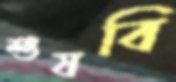
শুষবি